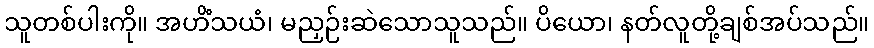
သူတစ်ပါးကို။ အဟိံသယံ၊ မညှဉ်းဆဲသောသူသည်။ ပိယော၊ နတ်လူတို့ချစ်အပ်သည်။